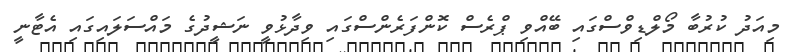
މިއަދު ކުރުބާ މޯލްޑިވްސްގައި ބޭއްވި ޕްރެސް ކޮންފަރެންސްގައި ވިދާޅުވީ ނަޝީދުގެ މައްސަލައިގައި އެޓާނީ